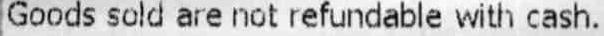
GOODS SOLD ARE NOT REFUNDABLE WITH CASH.